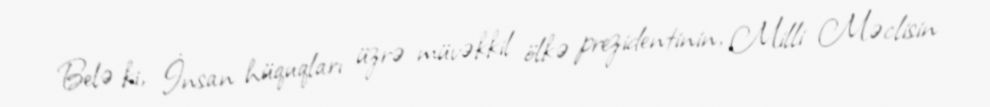
Belə ki, İnsan hüquqları üzrə müvəkkil ölkə prezidentinin, Milli Məclisin